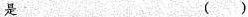
是 ( )